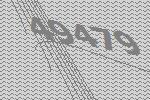
49479